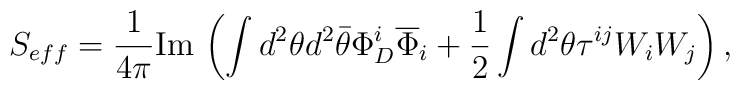
S_{eff}={1\over 4\pi}{\rm Im}\,\left(\int d^2\theta d^2\bar\theta\Phi^i_D\overline \Phi_i+{1\over 2}\int d^2\theta\tau^{ij}W_iW_j\right),